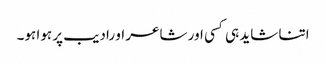
اتنا شاید ہی کسی اور شاعر او رادیب پر ہوا ہو۔